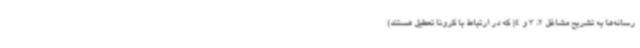
رسانه‌ها به تشریح مشاغل 2، 3 و 4( که در ارتباط با کرونا تعطیل هستند)